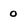
Character: 0